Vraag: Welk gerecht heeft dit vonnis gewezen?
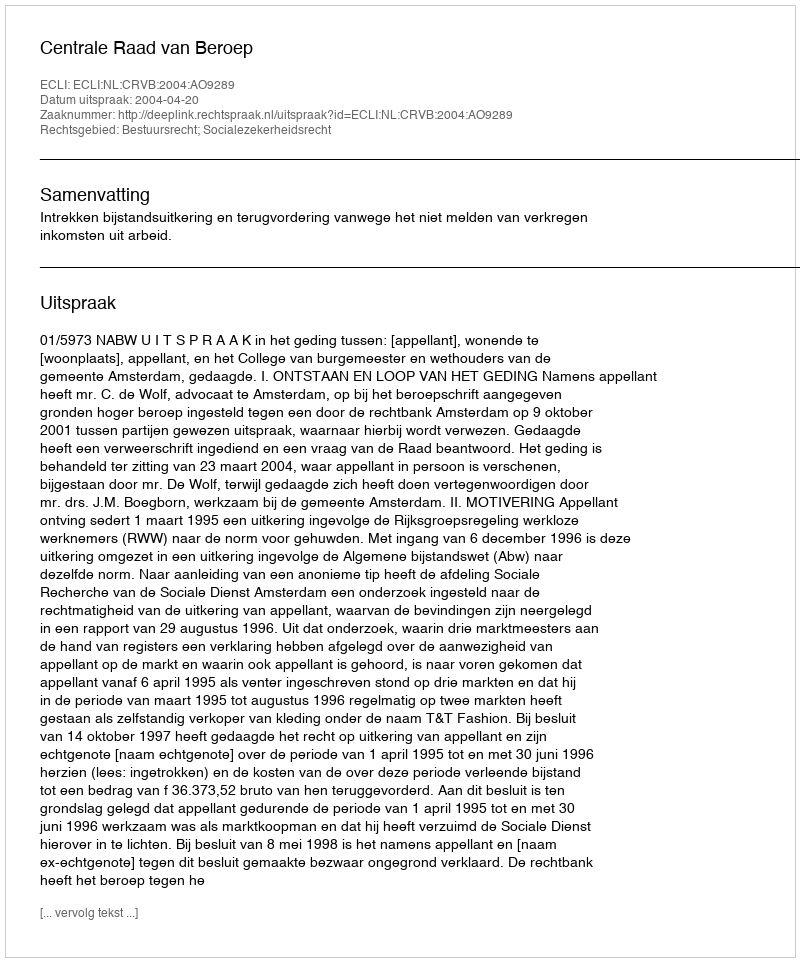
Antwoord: Centrale Raad van Beroep